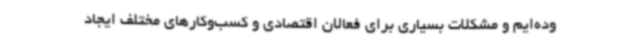
وده‌ایم و مشکلات بسیاری برای فعالان اقتصادی و کسب‌وکارهای مختلف ایجاد